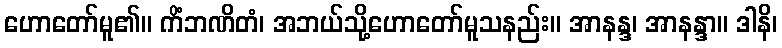
ဟောတော်မူ၏။ ကိံဘဏိတံ၊ အဘယ်သို့ဟောတော်မူသနည်း။ အာနန္ဒ၊ အာနန္ဒာ။ ဒါနိ၊